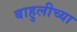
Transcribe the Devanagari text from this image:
बाहुलीच्या